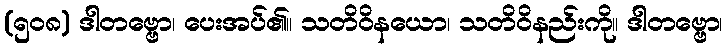
(၅၀၈) ဒါတဗ္ဗော၊ ပေးအပ်၏။ သတိဝိနယော၊ သတိဝိနည်းကို။ ဒါတဗ္ဗော၊